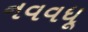
નવવધૂ